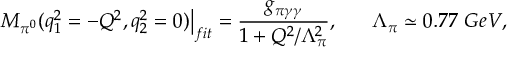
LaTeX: \left. M _ { \pi ^ { 0 } } ( q _ { 1 } ^ { 2 } = - Q ^ { 2 } , q _ { 2 } ^ { 2 } = 0 ) \right| _ { f i t } = \frac { g _ { \pi \gamma \gamma } } { 1 + Q ^ { 2 } / \Lambda _ { \pi } ^ { 2 } } , \ \ \ \ \ \Lambda _ { \pi } \simeq 0 . 7 7 \ G e V ,